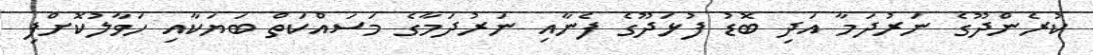
ކުރެންދޫގެ ނަރުދަމާ އަދި ބޮޑު ފުޅަދޫގެ ފެނާއި ނަރުދަމާގެ މަސައްކަތް ބަޔަކާއި ހަވާލުކޮށްފި